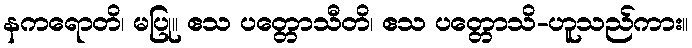
နကရောတိ၊ မပြု။ ဧသ ပတ္တောသီတိ၊ ဧသ ပတ္တောသိ-ဟူသည်ကား။